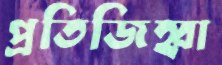
প্রতিজিহ্বা